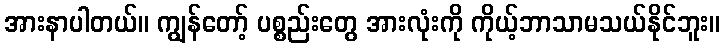
အားနာပါတယ်။ ကျွန်တော့် ပစ္စည်းတွေ အားလုံးကို ကိုယ့်ဘာသာမသယ်နိုင်ဘူး။